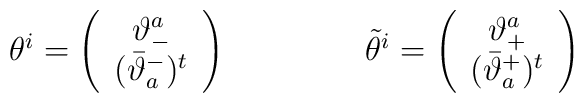
\begin{array}{cc}\theta^{i}=\left(\begin{array}{c}              \vartheta^{a}_{-}\\              (\bar{\vartheta}^{-}_{a})^{t}             \end{array}\right)~~~~~&~~~~~\tilde{\theta}^{i}=\left(\begin{array}{c}              \vartheta^{a}_{+}\\              (\bar{\vartheta}^{+}_{a})^{t}             \end{array}\right)\end{array}